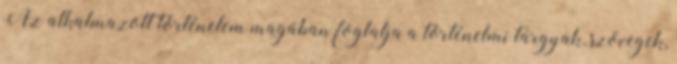
Az alkalmazott történelem magában foglalja a történelmi tárgyak, szövegek,